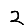
Digit: 2